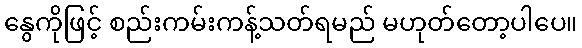
နွေကိုဖြင့် စည်းကမ်းကန့်သတ်ရမည် မဟုတ်တော့ပါပေ။